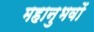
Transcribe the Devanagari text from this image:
महानुभवों